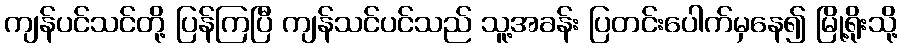
ကျန်ပင်သင်တို့ ပြန်ကြပြီ ကျန်သင်ပင်သည် သူ့အခန်း ပြတင်းပေါက်မှနေ၍ မြို့ရိုးသို့